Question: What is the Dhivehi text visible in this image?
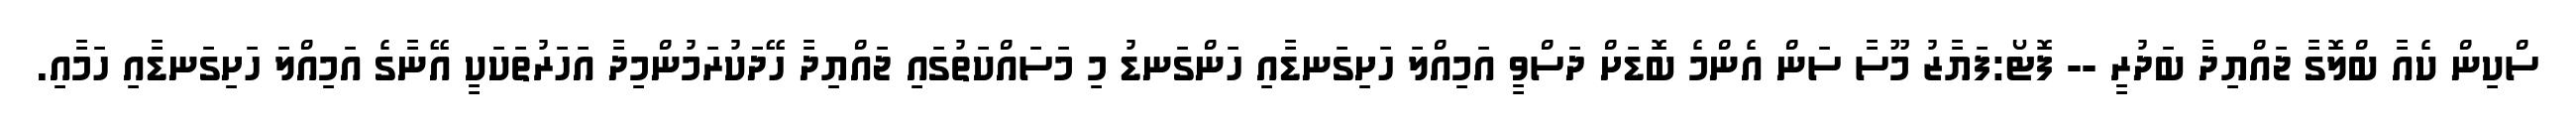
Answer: ސްކިން ކެއާ ބްލޮގާ ޖައްޔިދާ ބަދުރީ -- ފޮޓޯ:ފަޔާޒު މޫސާ ސަން އެންމެ ބޮޑަށް ދަސްވީ އަމިއްލަ ހަށިގަނޑާއި ހަންގަނޑު މި މަސައްކަތުގައި ޖައްޔިދާ ހޭދަކުރަމުންމިދާ އަހަރުތަކަކީ އޭނާގެ އަމިއްލަ ހަށިގަނޑާއި ހަމާއި.